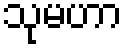
သုမဟာ